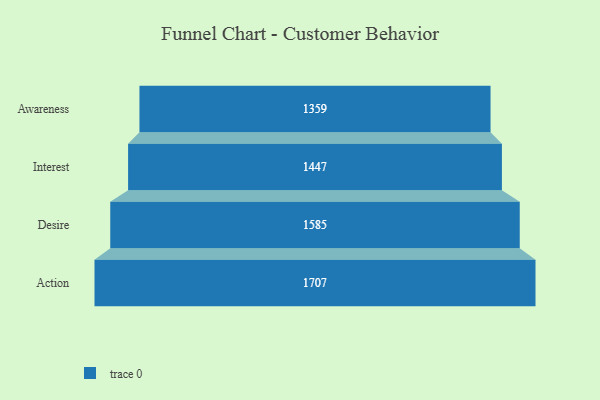
{"axis": {"x": "Stage", "y": "Value"}, "legend": [""], "data": [{"x": "Awareness", "y": 1359.0, "type": ""}, {"x": "Interest", "y": 1447.0, "type": ""}, {"x": "Desire", "y": 1585.0, "type": ""}, {"x": "Action", "y": 1707.0, "type": ""}]}